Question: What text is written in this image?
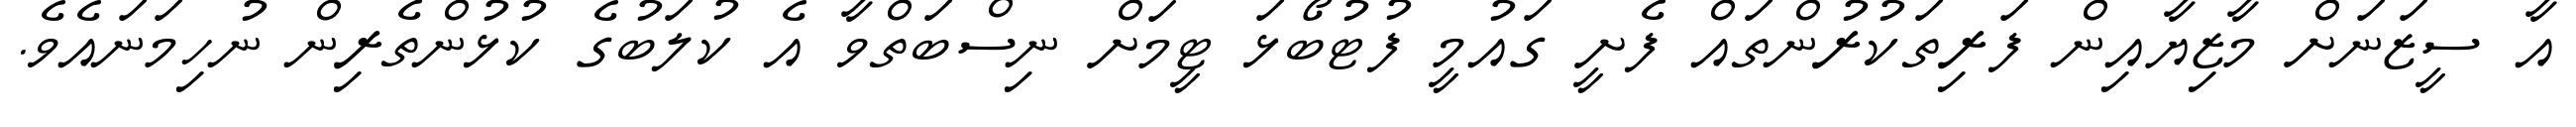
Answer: އާ ސީޒަނަށް މާޒިޔާއިން ފަރިތަކުރުންތައް ފެށީ ގައުމީ ފުޓުބޯޅަ ޓީމަށް ނިސްބަތްވާ އެ ކުލަބުގެ ކުޅުންތެރިން ނުހިމަނައެވެ.